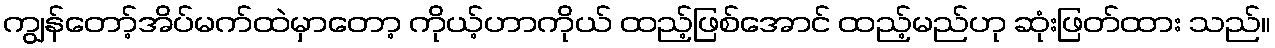
ကျွန်တော့်အိပ်မက်ထဲမှာတော့ ကိုယ့်ဟာကိုယ် ထည့်ဖြစ်အောင် ထည့်မည်ဟု ဆုံးဖြတ်ထား သည်။